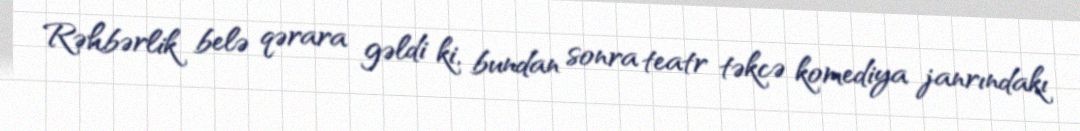
Rəhbərlik belə qərara gəldi ki, bundan sonra teatr təkcə komediya janrındakı